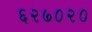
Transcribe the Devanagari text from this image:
६२७०२०